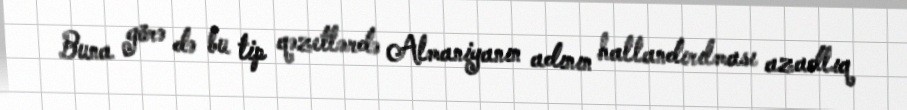
Buna görə də bu tip qəzetlərdə Almaniyanın adının hallandırılması azadlıq